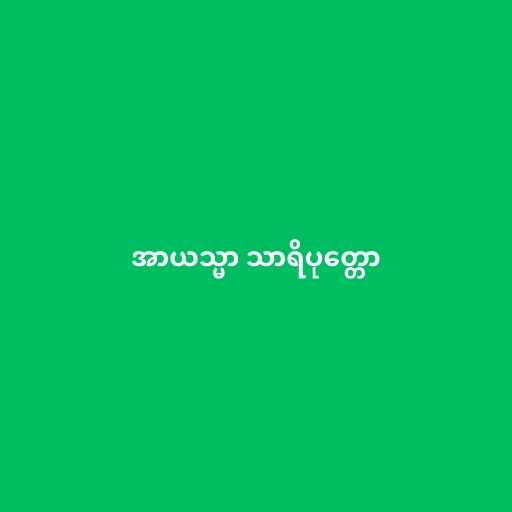
အာယသ္မာ သာရိပုတ္တော